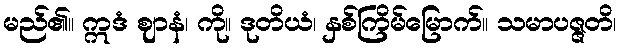
မည်၏။ ဣဒံ ဈာနံ၊ ကို။ ဒုတိယံ၊ နှစ်ကြိမ်မြောက်။ သမာပဇ္ဇတိ၊